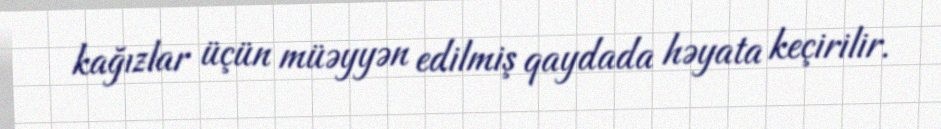
kağızlar üçün müəyyən edilmiş qaydada həyata keçirilir.